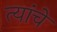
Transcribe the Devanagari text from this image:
त्यांंचेे